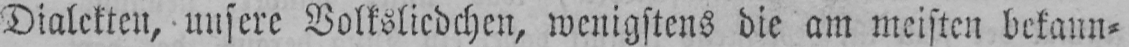
Dialekten, unsere Volksliedchen, wenigstens die am meisten bekann⸗